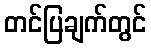
တင်ပြချက်တွင်